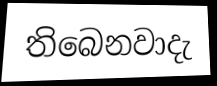
තිබෙනවාදැ